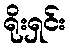
ရိုးရှင်း